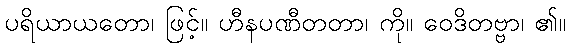
ပရိယာယတော၊ ဖြင့်။ ဟီနပဏီတတာ၊ ကို။ ဝေဒိတဗ္ဗာ၊ ၏။